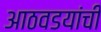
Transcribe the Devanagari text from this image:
आठवडयांची